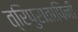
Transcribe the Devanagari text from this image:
त्रिपुरातापिनी